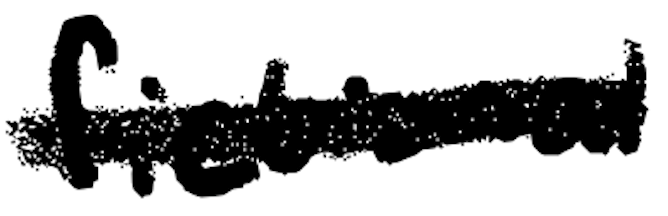
Text: fictional
Cross-out: single-line
Writing tool: digital_black